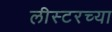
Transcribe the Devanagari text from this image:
लीस्टरच्या